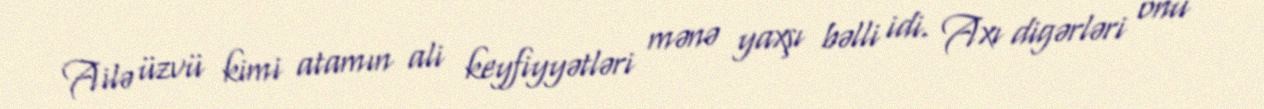
Ailə üzvü kimi atamın ali keyfiyyətləri mənə yaxşı bəlli idi. Axı digərləri onu